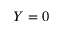
Y = 0